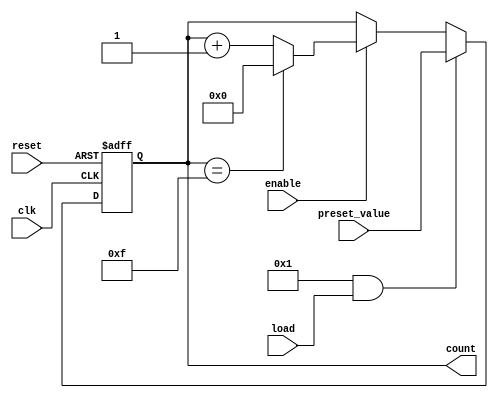
module parameterized_counter #(
    parameter WIDTH = 4,                   // Bit-width of the counter
    parameter COUNT_DIR = 1,               // Counting direction (1 for up, 0 for down)
    parameter LOAD_ENABLE = 1               // Load enable control
) (
    input wire clk,                        // Clock signal
    input wire reset,                      // Active-high reset signal
    input wire load,                       // Active-high load signal
    input wire [WIDTH-1:0] preset_value,  // Value to load into the counter
    input wire enable,                     // Enable counting operation
    output reg [WIDTH-1:0] count          // Current value of the counter
);

    localparam MAX_COUNT = (1 << WIDTH) - 1; // Maximum count value based on WIDTH

    always @(posedge clk or posedge reset) begin
        if (reset) begin
            count <= 0;                     // Reset counter to 0
        end else if (LOAD_ENABLE && load) begin
            count <= preset_value;          // Load preset value into the counter
        end else if (enable) begin
            if (COUNT_DIR) begin
                if (count == MAX_COUNT) begin
                    count <= 0;              // Wrap around for up count
                end else begin
                    count <= count + 1;      // Increment counter
                end
            end else begin
                if (count == 0) begin
                    count <= MAX_COUNT;      // Wrap around for down count
                end else begin
                    count <= count - 1;      // Decrement counter
                end
            end
        end
        // If enable is low, count holds its current value
    end

endmodule